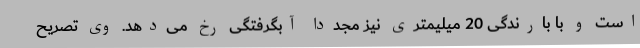
است و با بارندگی 20 میلیمتری نیز مجددا آبگرفتگی رخ می‌دهد. وی تصریح